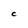
Character: C